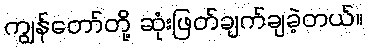
ကျွန်တော်တို့ ဆုံးဖြတ်ချက်ချခဲ့တယ်။